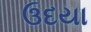
ઉદયા